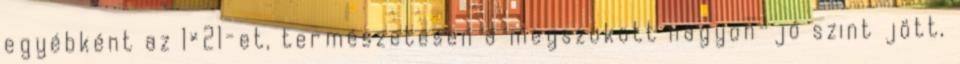
egyébként az 1×21-et, természetesen a megszokott nagyon-jó szint jött,